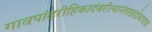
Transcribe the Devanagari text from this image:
गावपांढरीहिकादंबरीत्यानंतरखंडोबायात्रा